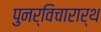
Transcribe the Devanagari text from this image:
पुनर्विचारार्थ